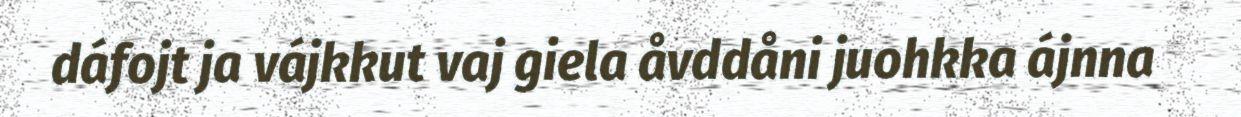
dáfojt ja vájkkut vaj giela åvddåni juohkka ájnna